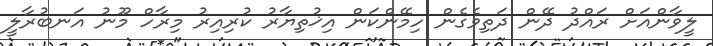
ލީވާންއަށް ރައްދު ދޭން ދަތިވެގެން ހިމޭންކަން އިޚުތިޔާރު ކުރިއިރު މިރާހް މޫނު އަނބުރާލީ